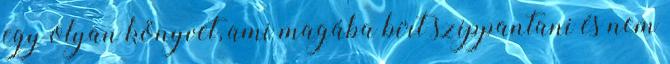
egy olyan könyvet, ami magába bírt szippantani és nem